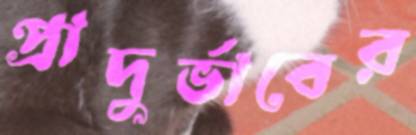
প্রাদুর্ভাবের